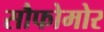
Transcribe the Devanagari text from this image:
सौफोमोर